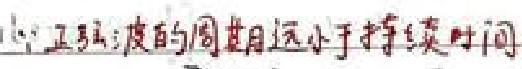
\(\because\) 正弦波的周期远小于持续时间